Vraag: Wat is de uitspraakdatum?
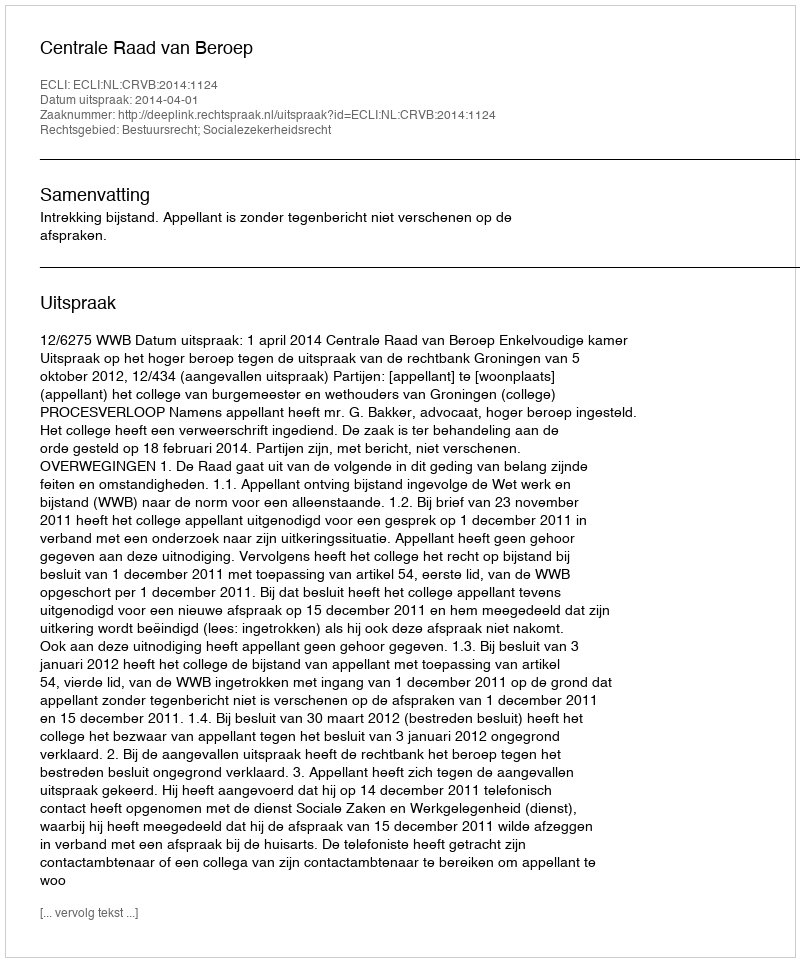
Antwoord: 2014-04-01